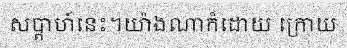
សប្តាហ៍នេះ។យ៉ាងណាក៏ដោយ ក្រោយ